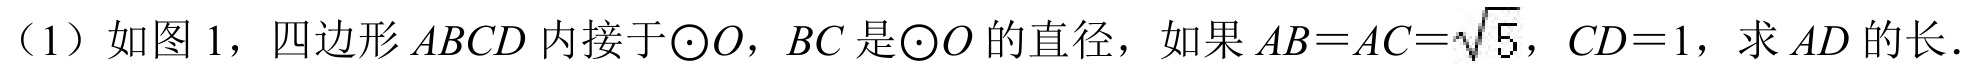
（1）如图 1，四边形\(ABCD\)内接于\(\odot O\)，\(BC\)是\(\odot O\)的直径，如果\(AB = AC=\sqrt{5}\)，\(CD = 1\)，求\(AD\)的长．